Indian journal of veterinary science and animal husbandry - Volume 7,
Year: 1937
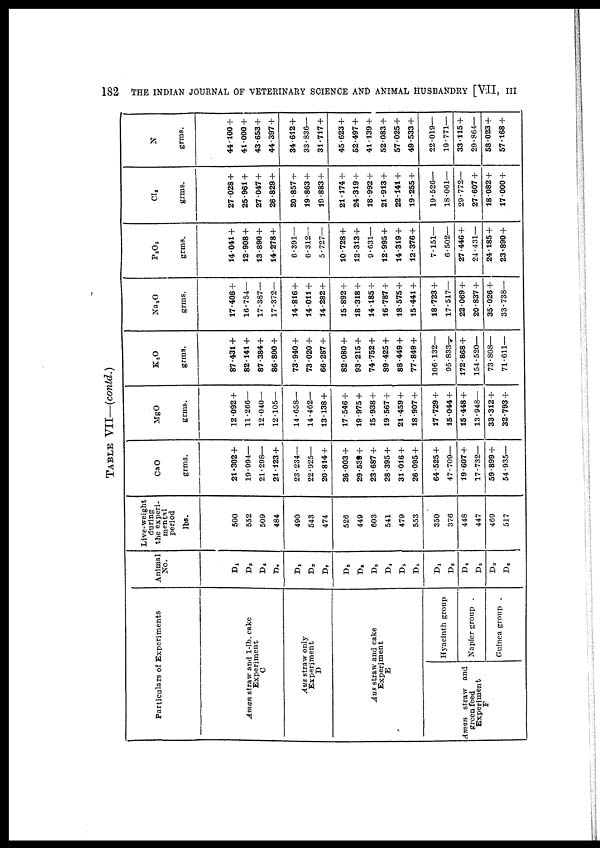
182
THE INDIAN JOURNAL OF VETERINARY SCIENCE AND ANIMAL HUSBANDRY [VII,
III
TABLE VII—(contd.)
Particulars of Experiments
Aman straw and 1-lb. cake
Experiment
C
Aus straw only
Experiment
D
Aus straw and cake
Experiment
E
Aman straw and
green feed
Experiment
F
Hyacinth group
Napier group .
Guinea group .
Animal
No.
D 1
D 3
D 4
D 7
D1
D 3
D 7
D 2
D 8
D 9
D 4
D 5
D 6
D1
D 2
D 4
D 5
D 3
D 6
Live-weight
the experi-
mental
period
lbs.
500
552
509
484
490
543
474
526
449
603
541
479
553
350
376
448
447
469
517
CaO
grms.
21.302 +
19.994—
21.298—
21.123 +
23.234—
22.925—
20.814 +
26.003 +
29.539 +
23.687 +
28.395 +
31.016 +
26.095 +
64.525 +
47.709—
19.607 +
17.732—
59.899 +
54.935—
MgO
grms.
12.092 +
11.266—
12.040—
12.105—
14.658—
14.462—
13.138 +
17.546 +
19.975 +
15.938 +
19.567 +
21.459 +
18.907 +
17.729 +
15.044 +
15.448 +
13.948—
33.312 +
32.793 +
K 2 O
grms.
87.431 +
82.141 +
87.384 +
86.800 +
73.940 +
73.020 +
66.287 +
82.080 +
93.215 +
74.752 +
89.425 +
88.449 +
77.849 +
106.132—
95.833—
172.868 +
154.520—
73.808—
71.611—
Na 2 O
grms.
17.408 +
16.754—
17.387—
17.372—
14.816 +
14.011 +
14.282 +
15.892 +
18.318 +
14.185 +
16.787 +
18.575 +
15.441 +
18.723 +
17.517—
22.069 +
20.837 +
35.026 +
33.738—
P 2 O 5
grms.
14.041 +
12.908 +
13.890 +
14.278 +
6.391—
6.312—
5.727—
10.728 +
12.313 +
9.631—
12.995 +
14.319 +
12.376 +
7.151—
6.502—
27.446 +
24.431—
24.185 +
23.890 +
Cl 2
grms.
27.028 +
25.961 +
27.047 +
26.829 +
20.857+
19.863 +
19.883 +
21.174 +
24.319 +
18.992 +
21.913 +
22.141 +
19.255 +
19.526—
18.061—
29.772—
27.607 +
18.082 +
17.000 +
N
grms.
44.100 +
41.000 +
43.653 +
44.397 +
34.612 +
33.836—
31.717 +
45.623 +
52.497 +
41.139 +
52.083 +
57.025 +
49.533 +
22.019—
19.771—
33.115 +
29.864—
58.023 +
57.168 +